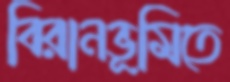
বিরানভূমিতে